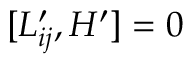
[ L _ { i j } ^ { \prime } , H ^ { \prime } ] = 0 \,